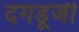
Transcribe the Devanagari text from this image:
दगडूजी